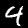
Digit: 4